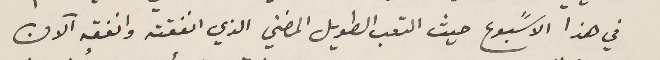
في هذا الاسًبوع حيث التعب الطويل المضني الذي انفقته وانفقه الآن